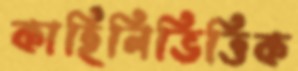
কাহিনিভিত্তিক